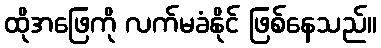
ထိုအဖြေကို လက်မခံနိုင် ဖြစ်နေသည်။